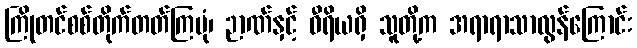
ကြိုတင်စစ်တိုက်တတ်ကြပုံ၊ ဉာဏ်နှင့် ဝီရိယရှိ သူတို့က အရာရာသာလွန်ကြောင်း